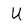
Character: U